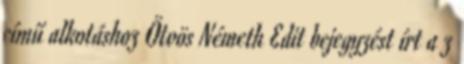
című alkotáshoz Ötvös Németh Edit bejegyzést írt a z